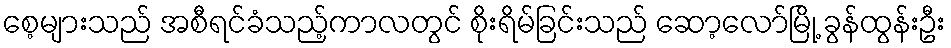
စေ့များသည် အစီရင်ခံသည့်ကာလတွင် စိုးရိမ်ခြင်းသည် ဆော့လော်မြို့ ခွန်ထွန်းဦး